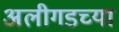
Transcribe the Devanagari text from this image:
अलीगडच्या